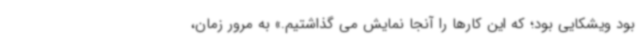
بود ویشکایی بود؛ که این کارها را آنجا نمایش می گذاشتیم.» به مرور زمان،